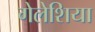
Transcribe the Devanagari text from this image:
गेलेशिया